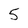
Character: 5